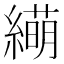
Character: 𫄁